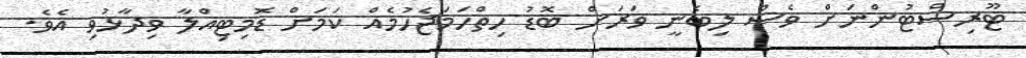
ޓޫރިސްޓުންނަށް ވެސް ލިބެނީ ވަރަށް ބޮޑު ހިތްހަމަޖެހުމެއް ކަމަށް ޑޮމިޓިއްލާ ވިދާޅުވި އެވެ.